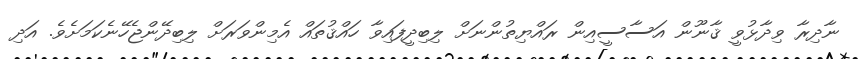
ނާދިރާ ވިދާޅުވީ ޤާނޫން އަަސާސީއިން ރައްޔިތުންނަށް ލިބިދީފައިވާ ހައްޤުތައް އެމިންވަރަށް ލިބިދޭންޖެހޭނެކަމަށެވެ. އަދި